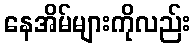
နေအိမ်များကိုလည်း